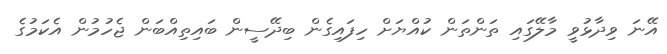
އޭނަ ވިދާޅުވީ މާލޭގައި ތަންތަން ކުއްޔަށް ހިފައިގެން ބިދޭސީން ބައިތިއްބަން ޖެހުމުން އެކަމުގެ